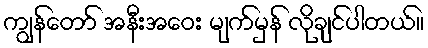
ကျွန်တော် အနီးအဝေး မျက်မှန် လိုချင်ပါတယ်။